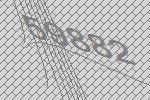
59882